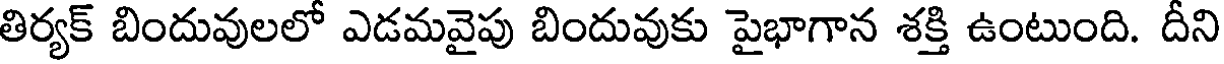
తిర్యక్ బిందువులలో ఎడమవైపు బిందువుకు పైభాగాన శక్తి ఉంటుంది. దీని